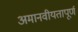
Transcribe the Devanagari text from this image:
अमानवीयतापूर्ण